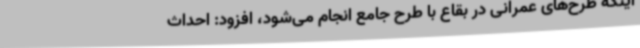
اینکه طرح‌های عمرانی در بقاع با طرح جامع انجام می‌شود، افزود: احداث